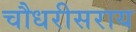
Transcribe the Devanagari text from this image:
चौधरीसराय